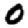
Digit: 0